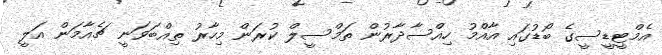
އެމްޓީޑީސީގެ ބޯޑުގައި އާއްމު ހިއްސާދާރުން ތަމްސީލް ކުރަން މިހާރު ތިއްބަވަނީ ޗެއާމަން އަލީ